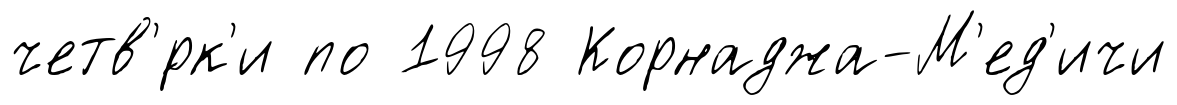
четв'́рк'и по 1998 Корнаджа-М'ед'ичи